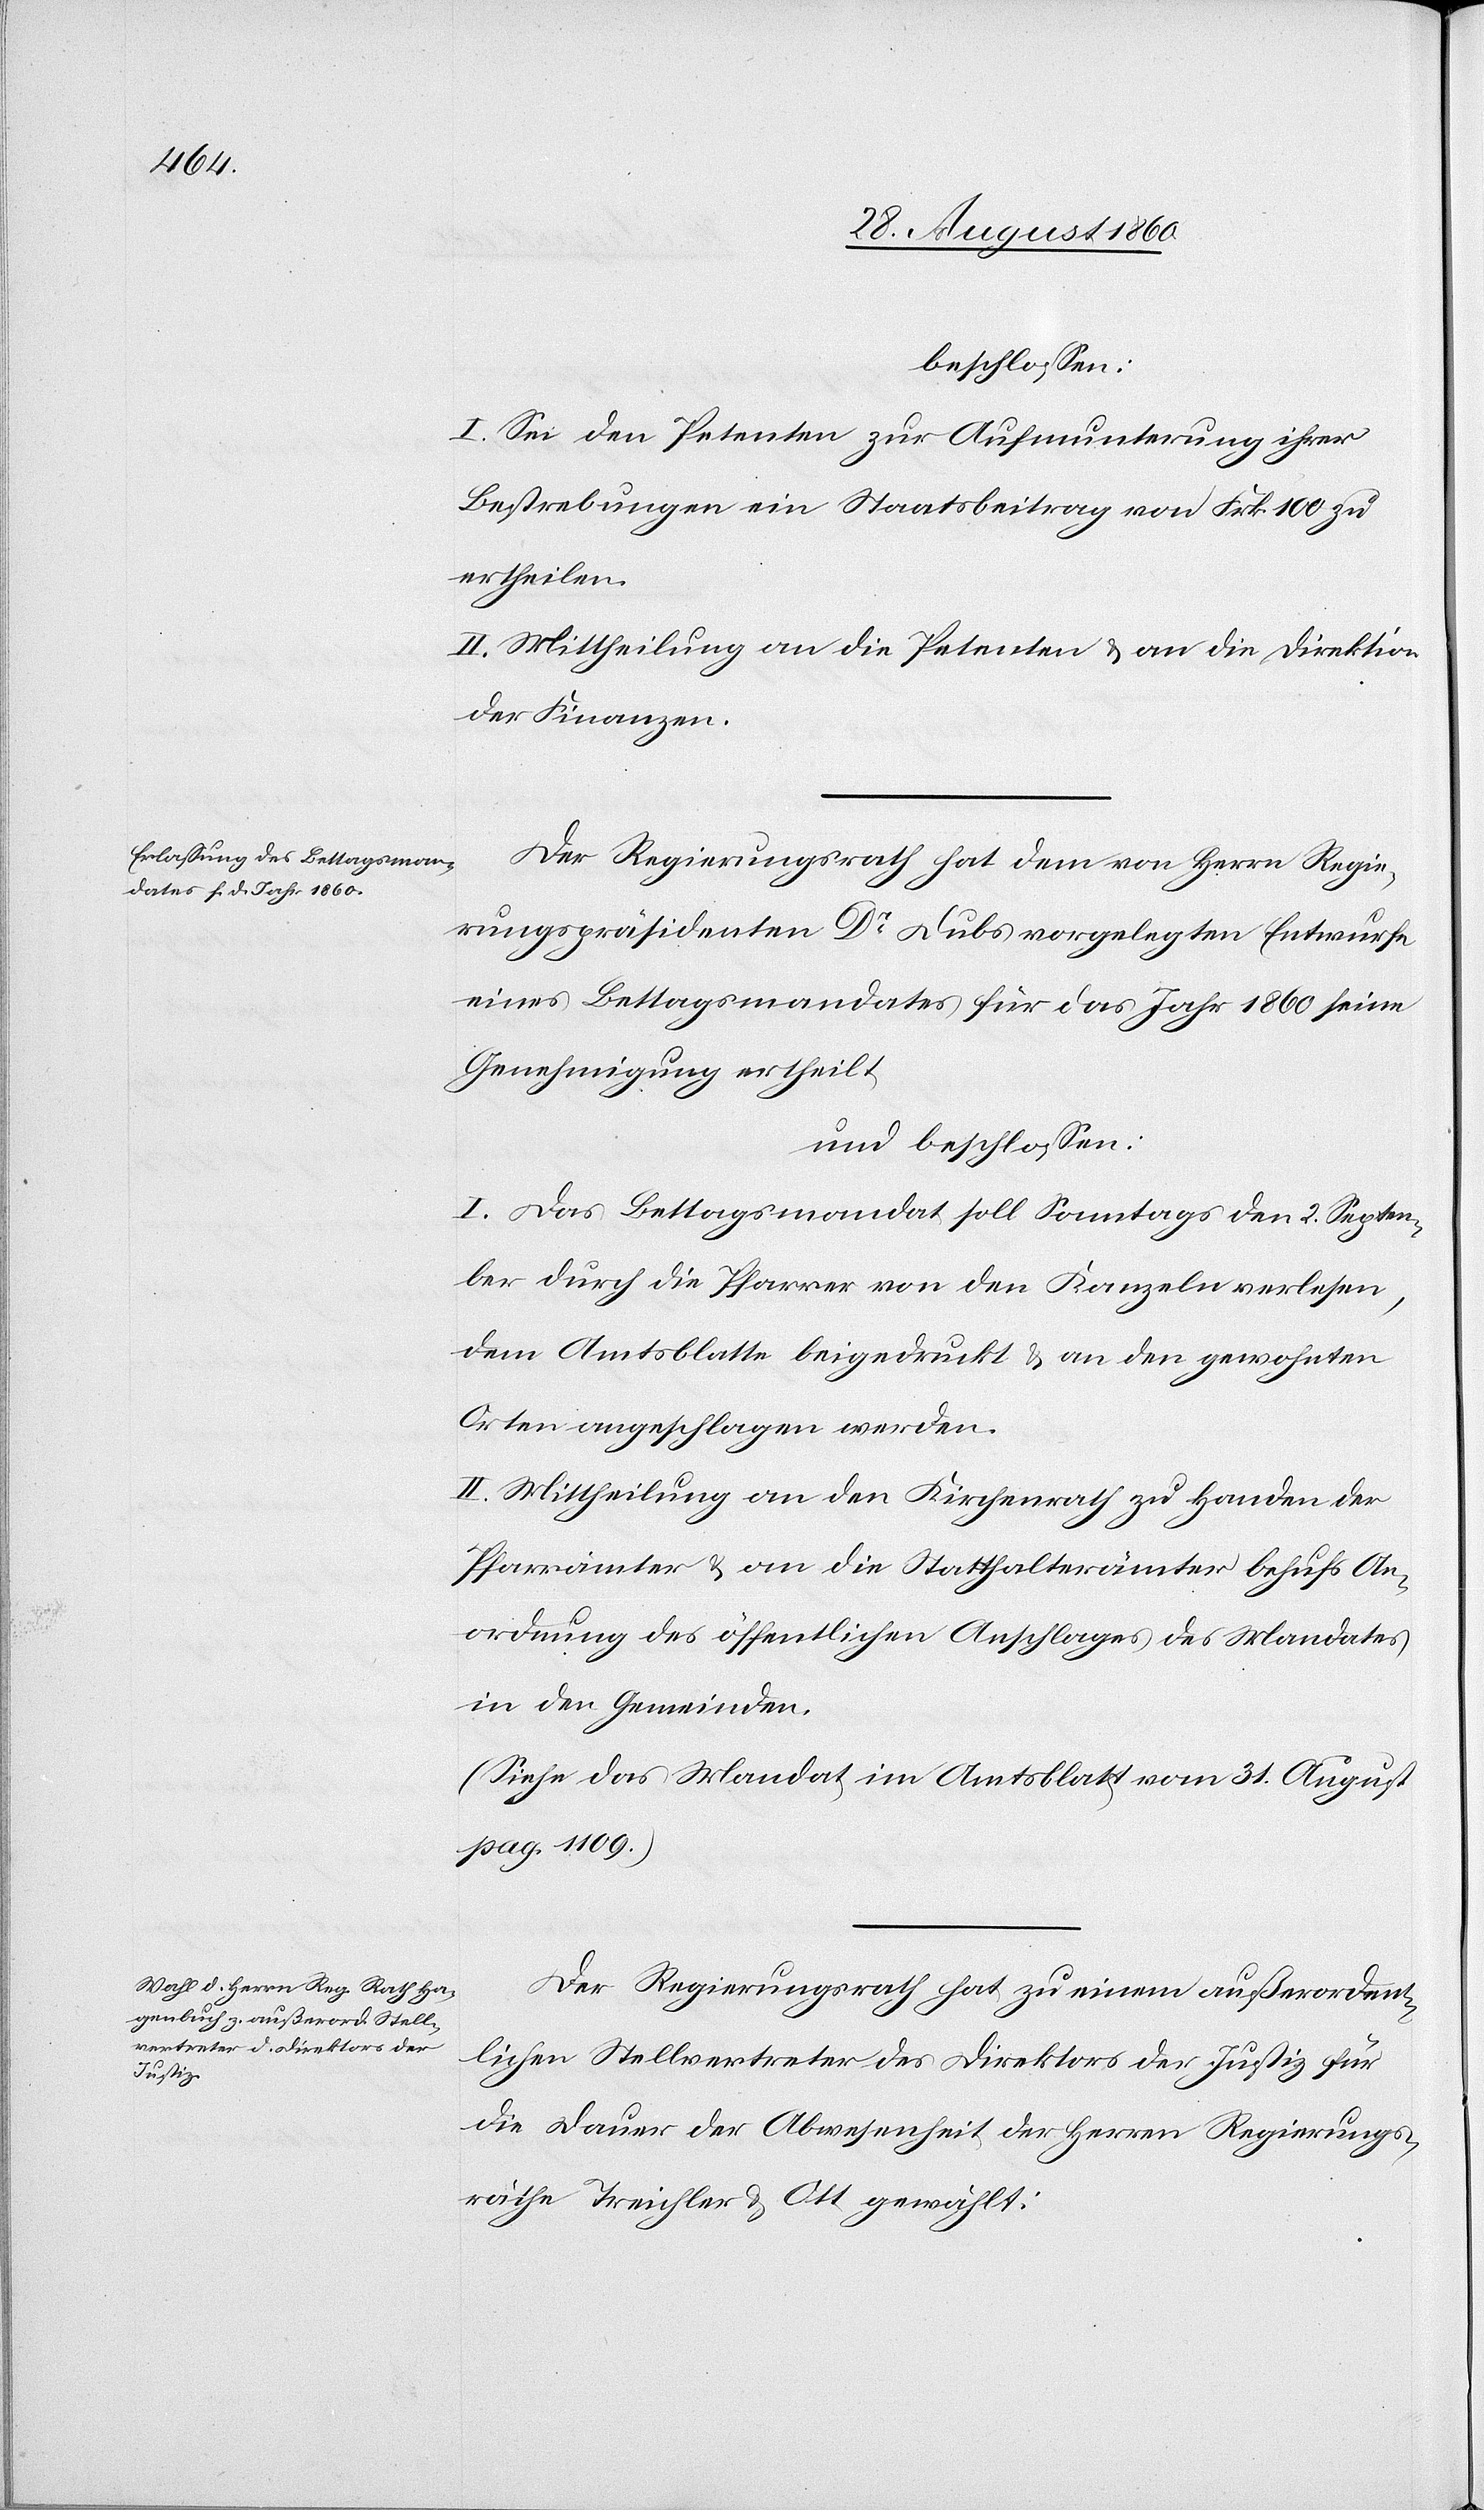
beschlossen:
I. Sei den Petenten zur Aufmunterung ihrer
Bestrebungen ein Staatsbeitrag von fcs. 100 zu
ertheilen.
II. Mittheilung an die Petenten u. an die Direktion
der Finanzen.
Der Regierungsrath hat dem von Herrn Regie¬
rungspräsidenten Dr Dubs vorgelegten Entwurfe
eines Bettagsmandates für das Jahr 1860 seine
Genehmigung ertheilt,
und beschlossen:
I. Das Bettagsmandat soll Sonntags den 2. Septem¬
ber durch die $Pfarrer von den Kanzeln verlesen,
dem Amtsblatte beigedruckt u. an den gewohnten
Orten angeschlagen werden;
II. Mittheilung an den Kirchenrath zu Handen der
Pfarrämter u. an die Statthalterämter Behufs An¬
ordnung des öffentlichen Anschlages des Mandates
in den Gemeinen.
(Siehe das Mandat im Amtsblatt vom 31. August
pag. 1109.)
Der Regierungsrath hat zu einem ausserordent¬
lichen Stellvertreter des Direktors der Justiz für
die Dauer der Abwesenheit der Herrn Regierungs¬
räthe Treichler u. Ott gewählt: